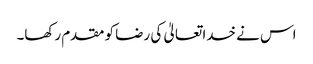
اس نے خدا تعالیٰ کی رضا کو مقدم رکھا۔